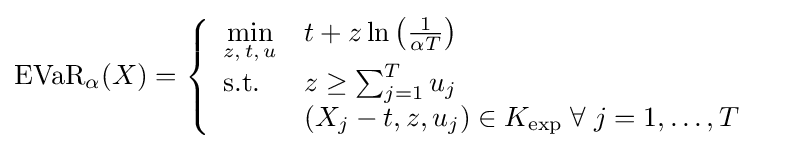
{\begin{aligned}{\text{EVaR}}_{\alpha }(X)&=\left\{{\begin{array}{ll}{\underset {z,\,t,\,u}{\text{min}}}&t+z\ln \left({\frac {1}{\alpha T}}\right)\\{\text{s.t.}}&z\geq \sum _{j=1}^{T}u_{j}\\&(X_{j}-t,z,u_{j})\in K_{\text{exp}}\;\forall \;j=1,\ldots ,T\\\end{array}}\right.\end{aligned}}